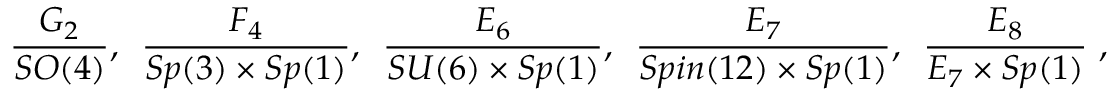
\frac { G _ { 2 } } { S O ( 4 ) } , \, \, \, \frac { F _ { 4 } } { S p ( 3 ) \times S p ( 1 ) } , \, \, \, \frac { E _ { 6 } } { S U ( 6 ) \times S p ( 1 ) } , \, \, \, \frac { E _ { 7 } } { S p i n ( 1 2 ) \times S p ( 1 ) } , \, \, \, \frac { E _ { 8 } } { E _ { 7 } \times S p ( 1 ) } \ ,